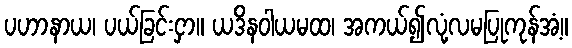
ပဟာနာယ၊ ပယ်ခြင်းငှာ။ ယဒိနဝါယမထ၊ အကယ်၍လုံ့လမပြုကုန်အံ့။